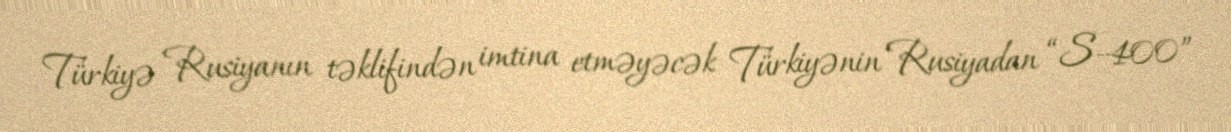
Türkiyə Rusiyanın təklifindən imtina etməyəcək Türkiyənin Rusiyadan “S-400”